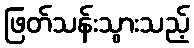
ဖြတ်သန်းသွားသည့်